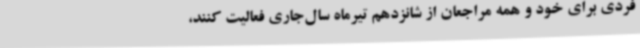
فردی برای خود و همه مراجعان از شانزدهم تیرماه سال‌جاری فعالیت کنند،